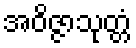
အဝိဇ္ဇာသုတ္တံ